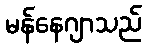
မန်နေဂျာသည်